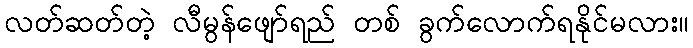
လတ်ဆတ်တဲ့ လီမွန်ဖျော်ရည် တစ် ခွက်လောက်ရနိုင်မလား။